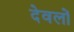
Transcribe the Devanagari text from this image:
देवलों